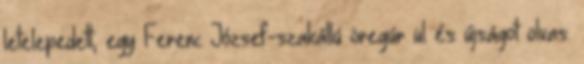
letelepedett, egy Ferenc József-szakállú öregúr ül és újságot olvas.